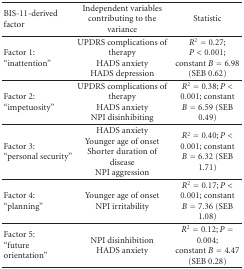
<table><thead><tr><td><b>BIS-11-derived factor</b></td><td><b>Independent variables contributing to the variance</b></td><td><b>Statistic</b></td></tr></thead><tbody><tr><td>Factor 1: “inattention”</td><td>UPDRS complications of therapyHADS anxietyHADS depression</td><td><i>R</i><sup>2</sup> = 0.27; <i>P</i> &lt; 0.001; constant <i>B</i> = 6.98 (SEB 0.62)</td></tr><tr><td>Factor 2: “impetuosity”</td><td>UPDRS complications of therapyHADS anxietyNPI disinhibiting</td><td><i>R</i><sup>2</sup> = 0.38; <i>P</i> &lt; 0.001; constant <i>B</i> = 6.59 (SEB 0.49)</td></tr><tr><td>Factor 3: “personal security”</td><td>HADS anxietyYounger age of onset Shorter duration of disease NPI aggression</td><td><i>R</i><sup>2</sup> = 0.40; <i>P</i> &lt; 0.001; constant <i>B</i> = 6.32 (SEB 1.71)</td></tr><tr><td>Factor 4: “planning”</td><td>Younger age of onsetNPI irritability</td><td><i>R</i><sup>2</sup> = 0.17; <i>P</i> &lt; 0.001; constant <i>B</i> = 7.36 (SEB 1.08)</td></tr><tr><td>Factor 5:“future orientation”</td><td>NPI disinhibitionHADS anxiety</td><td><i>R</i><sup>2</sup> = 0.12; <i>P</i> = 0.004; constant <i>B</i> = 4.47 (SEB 0.28)</td></tr></tbody></table>